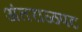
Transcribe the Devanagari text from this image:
अंतराळपट